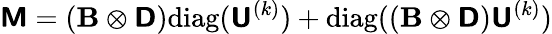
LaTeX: \mathbf{\boldsymbol{\mathsf{M}}}=(\mathbf{\boldsymbol{B}}\otimes\mathbf{\boldsymbol{\mathsf{D}}})\mathrm{diag}(\mathbf{\boldsymbol{\mathsf{U}}}^{(k)})+\mathrm{diag}((\mathbf{\boldsymbol{B}}\otimes\mathbf{\boldsymbol{\mathsf{D}}})\mathbf{\boldsymbol{\mathsf{U}}}^{(k)})